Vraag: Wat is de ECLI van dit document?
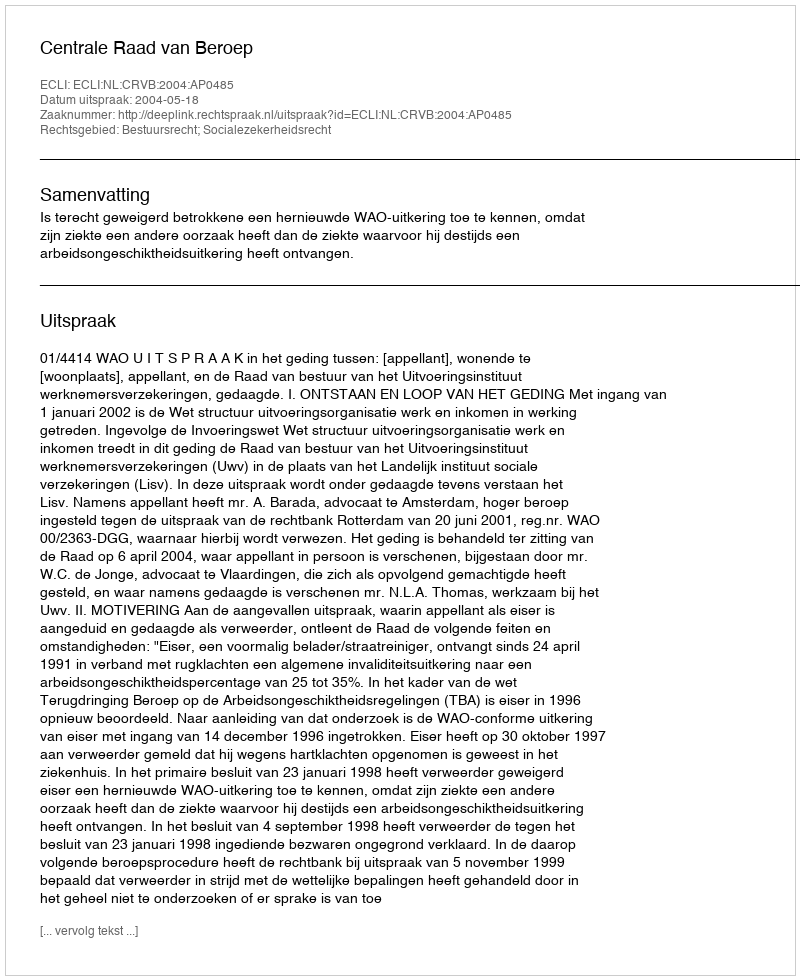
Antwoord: ECLI:NL:CRVB:2004:AP0485